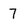
Character: 7